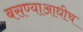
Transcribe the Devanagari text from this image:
बसण्याआधीच